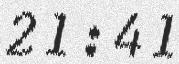
21:41